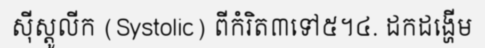
ស៊ីស្តូលីក (Systolic) ពីកំរិត៣ទៅ៥។៤. ដកដង្ហើម